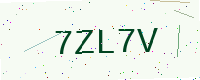
Text: 7ZL7V